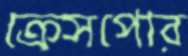
ক্রেসপোর